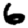
Digit: 6